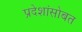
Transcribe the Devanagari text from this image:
प्रदेशांसोबत